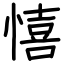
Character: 憘